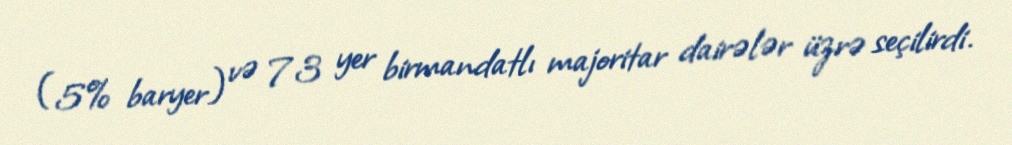
(5% baryer) və 73 yer birmandatlı majoritar dairələr üzrə seçilirdi.